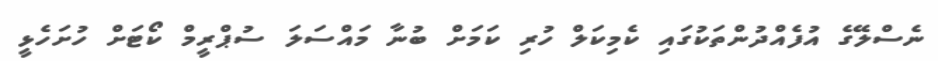
ނެސްލޭގެ އުފެއްދުންތަކުގައި ކެމިކަލް ހުރި ކަމަށް ބުނާ މައްސަލަ ސުޕްރީމް ކޯޓަށް ހުށަހެޅީ